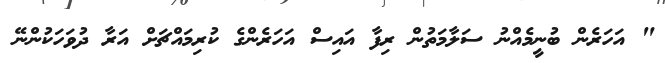
" އަހަރެން ބުނީމެއްނު ސަލާމަތުން ރިފާ އައިސް އަހަރެންގެ ކުރިމައްޗަށް އަރާ ދުވަހަކުންނޭ